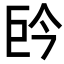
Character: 𭘈